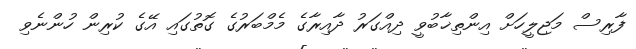
ފާރިސް މަޖިލީހަށް އިންތިޚާބުވީ ދިއްގަރު ދާއިރާގެ މެމްބަރުގެ ގޮތުގައި އޭގެ ކުރިން ހުންނެވި